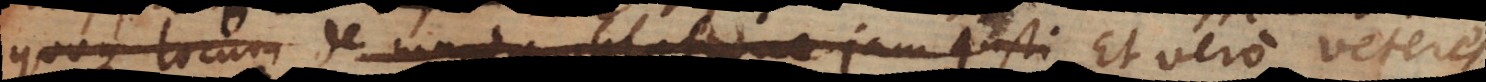
quoque locum de munda oblatione jam justi Et vero